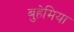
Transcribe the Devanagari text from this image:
बुहेमिया